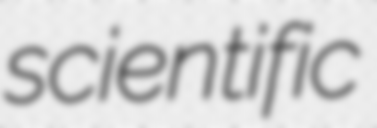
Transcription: scientific